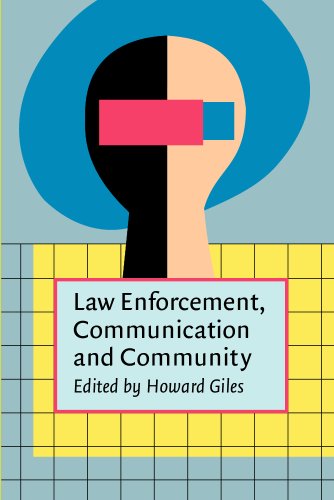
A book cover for Law Enforcement, Communication, and Community; Law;